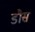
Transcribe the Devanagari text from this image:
डौस